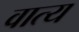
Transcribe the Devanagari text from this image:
वात्य